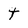
Character: t